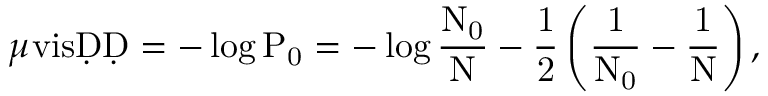
\ensuremath Ḋ \mu _ { Ḋ } \mathrm { v i s Ḍ Ḍ = - \log P _ { 0 } = - \log \frac { N _ { 0 } } { N } - \frac { 1 } { 2 } \left( \frac { 1 } { N _ { 0 } } - \frac { 1 } { N } \right) , }